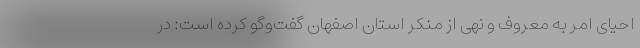
احیای امر به معروف و نهی از منکر استان اصفهان گفت‌وگو کرده‌ است: در